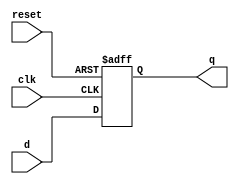
`timescale 1ns / 1ps
module D_FF(q, d, clk, reset); // parameters of module
output q; // output q
input d, clk, reset; // input d
reg q; // since q is output of always block, it has to be a reg.
// lots of construction here....
always @(posedge reset or negedge clk) //always block running at change in clock or reset.
if (reset)
q = 1'b0; //if reset is high set the output to zero
else
q = d; // else output is set as input
endmodule